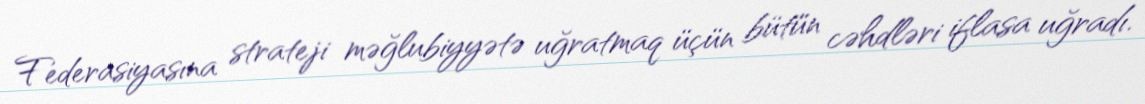
Federasiyasına strateji məğlubiyyətə uğratmaq üçün bütün cəhdləri iflasa uğradı.